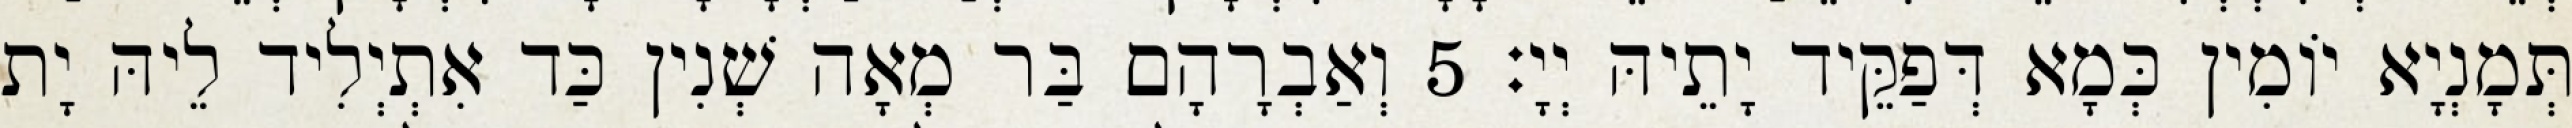
תְּמָנְיָא יוֹמִין כְּמָא דְּפַקֵּיד יָתֵיהּ יְיָ׃ 5 וְאַבְרָהָם בַּר מְאָה שְׁנִין כַּד אִתְיְלִיד לֵיהּ יָת